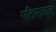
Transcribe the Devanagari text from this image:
पतियाळात